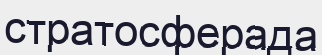
стратосферада